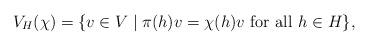
LaTeX: \begin{align*}V_H(\chi) = \{v \in V \mid \pi(h) v = \chi(h) v\,\, \mathrm{ for \,\, all}\,\, h \in H \},\end{align*}